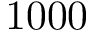
1 0 0 0